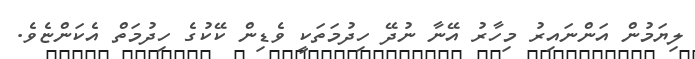
ލިޔަމުން އަންނައިރު މިހާރު އޭނާ ނުދޭ ހިދުމަތަކީ ވެޑިން ކޭކުގެ ހިދުމަތް އެކަންޏެވެ.